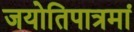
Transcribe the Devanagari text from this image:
जयोतिपात्रमां